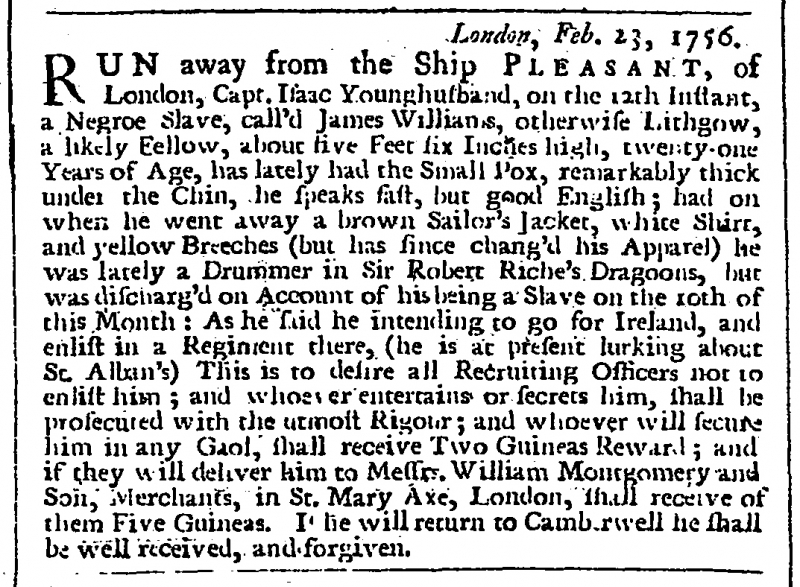
London Evening Post, 26 February 1756 (England)
                                London, Feb. 23, 1756.RUN away from the Ship P L E A S A N T, of London, Capt. Isaac Younghusband, on the 12th Instant, a Negroe Slave call'd James Williams, otherwise Lithgow, a likely Fellow, about five Feet six Inches high, twenty-one Years of Age, has lately had the Small Pox, remarkably thick under the Chin, he speaks fast, but good English; had on when he went away, a brown Sailor’s Jacket, white Shirt, and yellow Breeches (but has since chang'd his Apparel) he was lately a Drummer in Sir Robert Riche’s Dragoons, but was discharg'd on Account of his being a Slave on the 10th of this Month: As he said he intending to go for Ireland, and enlist in a Regiment there (he is at present lurking about St. Alban’s) This is to desire all Recruiting Officers not to enlist him; and whoever entertains or secrets him shall be prosecuted with the utmost Rigour; and whoever will secure him in any Gaol, shall receive Two Guineas Reward; and if they deliver him to Messrs. William Montgomery and Son, Merchants, in St. Mary Axe, London, shall receive of them Five Guineas. If he will return to Camberwell he shall be well received, and forgiven.